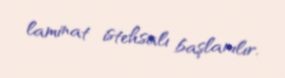
laminat istehsalı başlanılır.